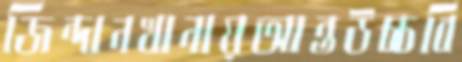
জিন্দানখানায়আন্তউচ্চবি